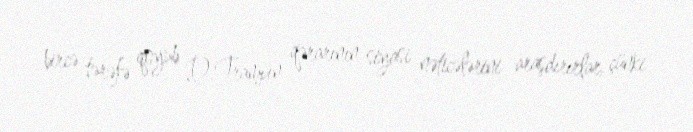
bircə tərəfə qoyub D.Trampın qərarının siyasi nəticələrini araşdırırlar, çünki